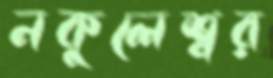
নকুলেশ্বর